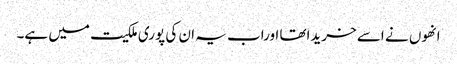
انھوں نے اسے خریداتھا اوراب یہ ان کی پوری ملکیت میں ہے۔